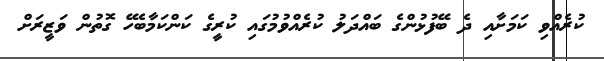
ކުރެއްވި ކަމަށާއި ދެ ބޭފުޅުންގެ ބައްދަލު ކުރެއްވުމުގައި ކުރީގެ ކަންކަމާބެހޭ ގޮތުން ވަޒީރަށް